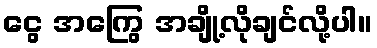
ငွေ အကြွေ အချို့လိုချင်လို့ပါ။